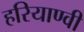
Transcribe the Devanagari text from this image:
हरियाण्वी